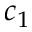
c _ { 1 }